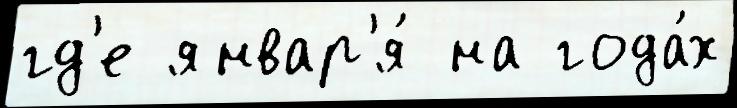
гд'е январ'я́ на года́х